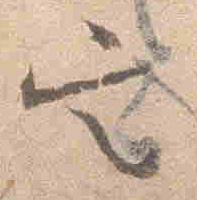
定